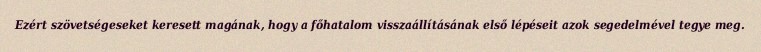
Ezért szövetségeseket keresett magának, hogy a főhatalom visszaállításának első lépéseit azok segedelmével tegye meg.